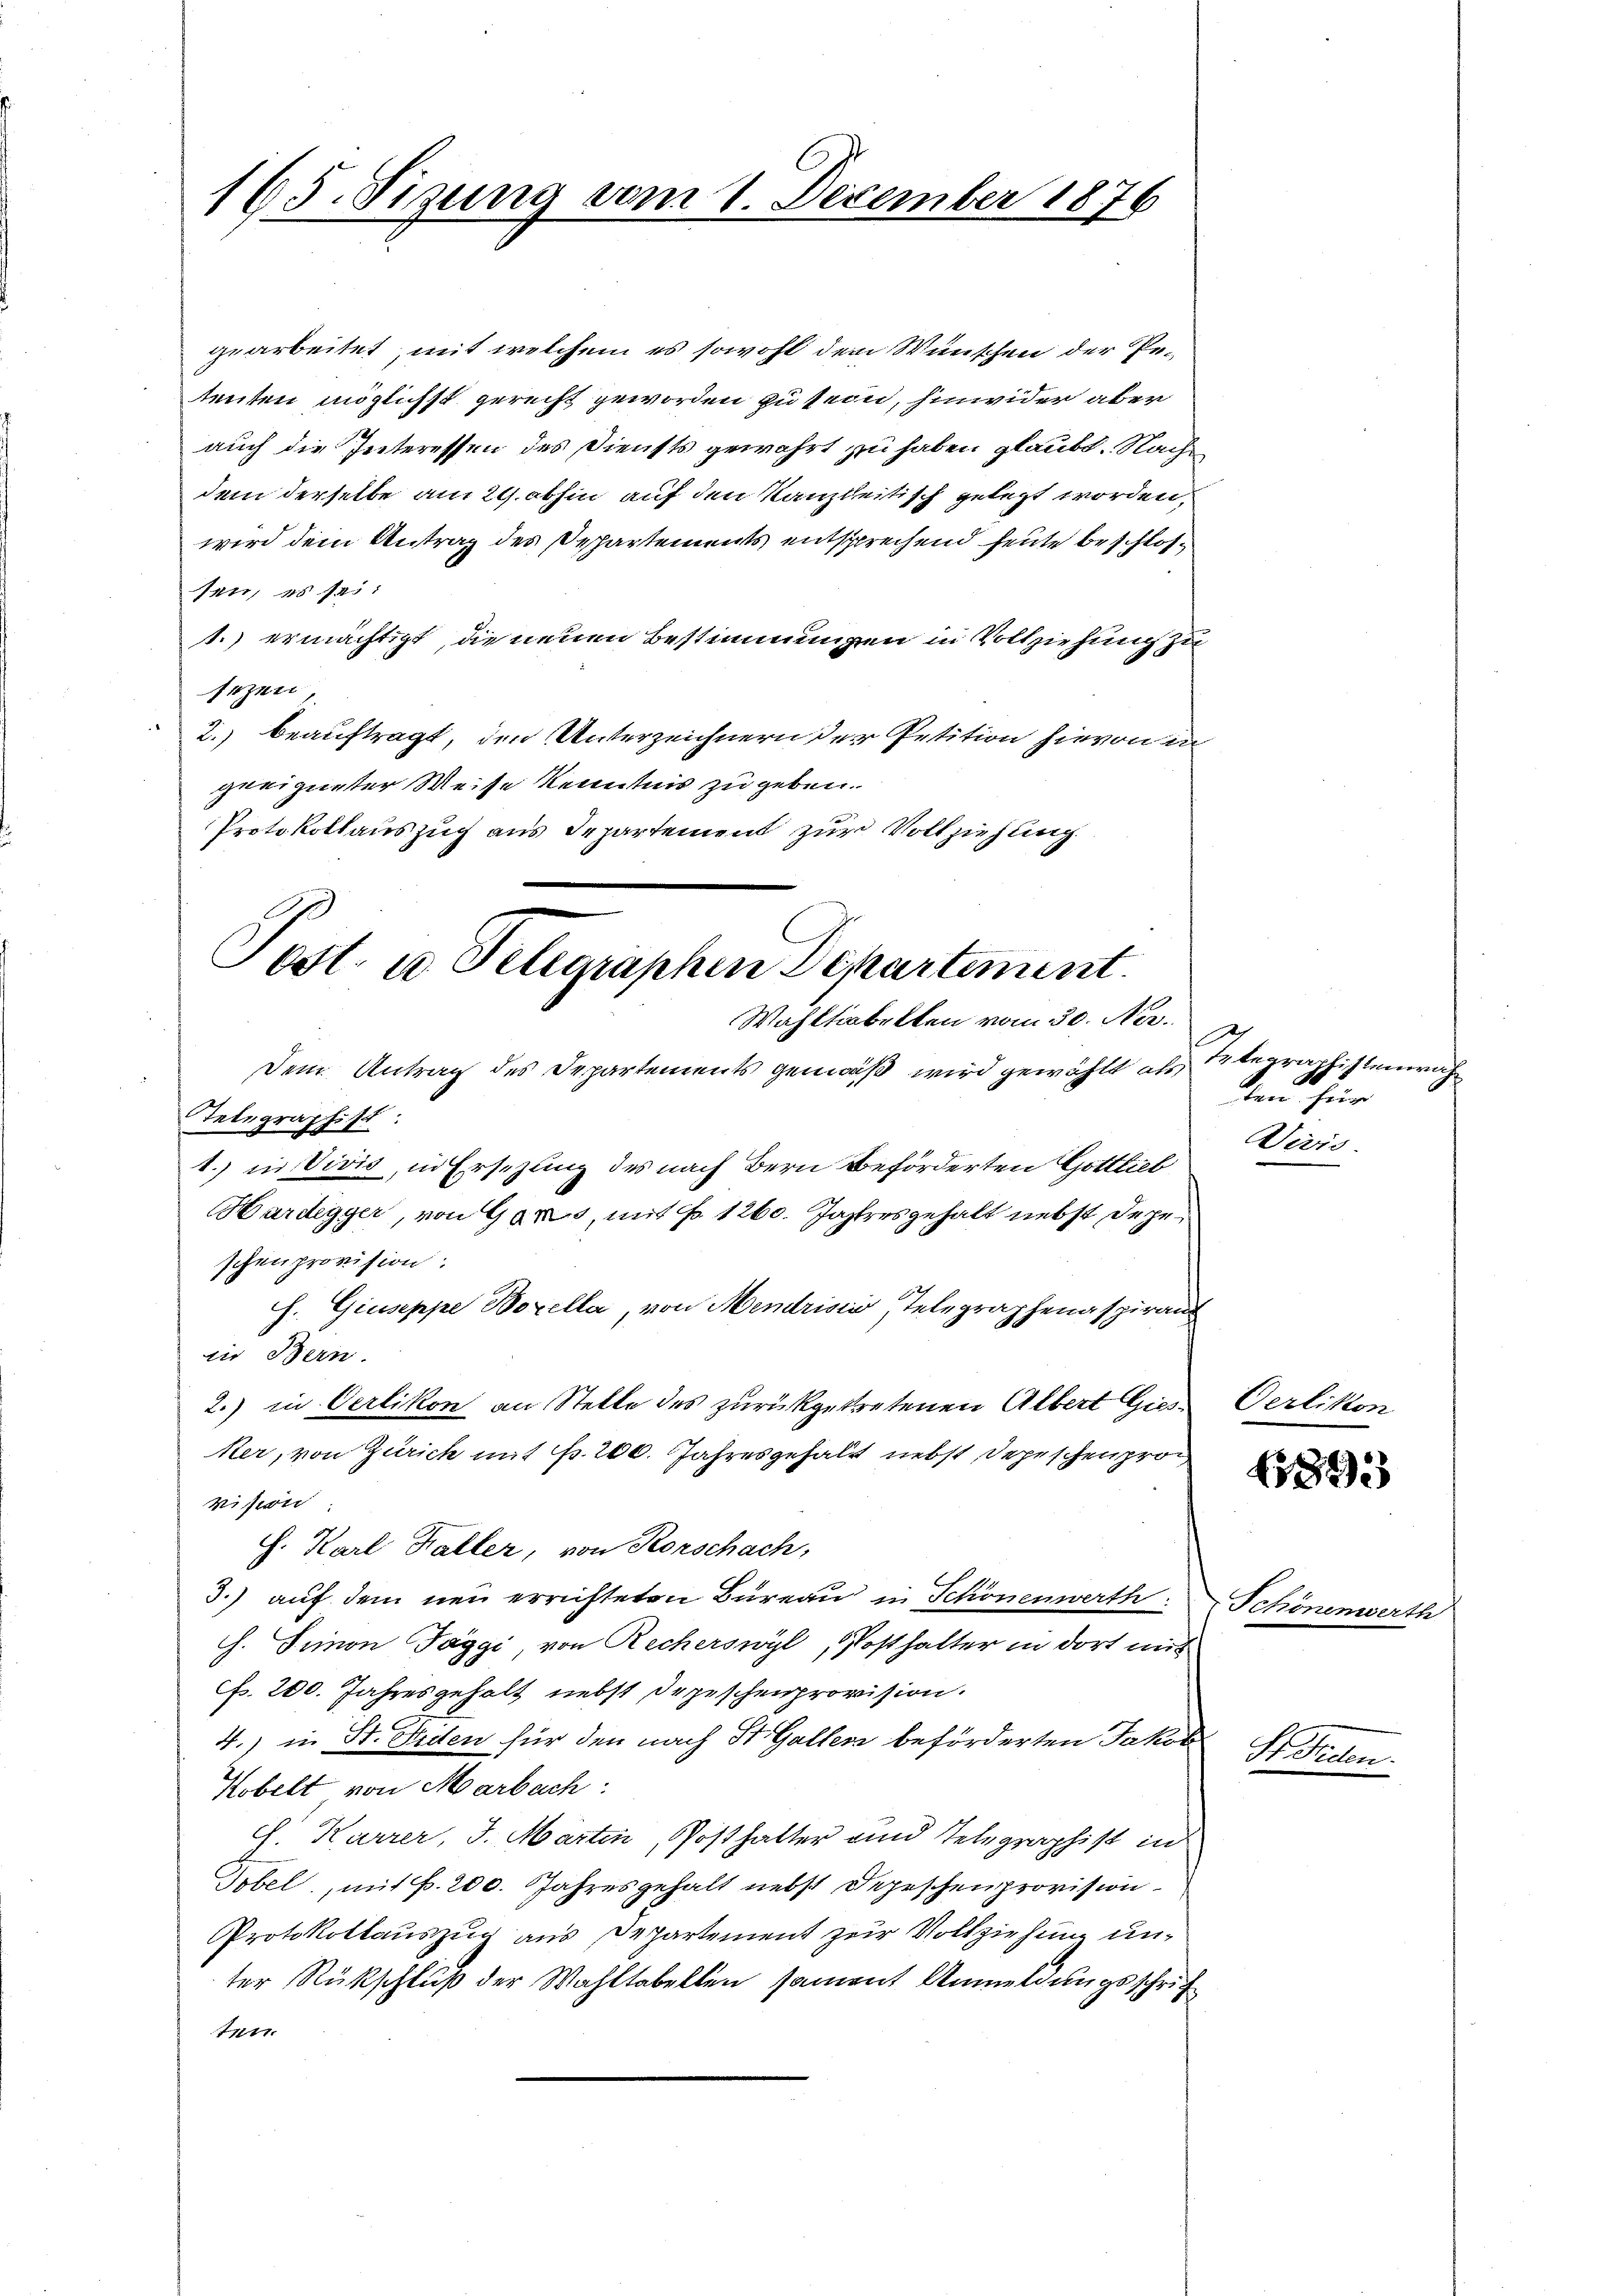
165. Sizung vom 1. Dezember 1876

gearbeitet, mit welchem es sowohl dem Wünschen der Petenten möglichst gerecht geworden zu sein, hinwider aber
auch die Interessen des Diensts gewahrt zu haben glaubt. Nach
dem derselbe am 29. abhin auf den Kanzleitisch gelegt worden.
wird dem Antrag des Departements entsprechend heute beschlossen, es sei
1.) ermächtigt, die neuen Bestimmungen in Vollziehung zu
sezen,
2.) beauftragt, den Unterzeichnern der Petition hievon in
geeigneter Weise Kenntnis zu geben.
Protokollauszug aus Departement zur Vollziehung.

Sost. u. Telegraphen Departement.
Wahltabelten vom 30. No.

Dem Antrag des Departements gemäß wird gewählt als Elegraphistena
Telegraphist
1.) in Vivis, in Ersezung des nach Bern Beförderten Gottlieb
Hardegger, von Gans, mit No 1260. Jahresgehalt nebst dageschenprovision:
h. Giuseppe Borella, von Mendristi, Telegraphenaspirant
die Bern.
2.) in Oerlikon an Stette des zurückgetretenen Albert Giesker, von Zürich mit Fr. 200. Jahresgehalt nebst Depeschenprovision
h. Karl Kaller, von Rorschach,
3.) auf dem neu errichteten Büreau in Schönenwerth
h. Simon Taggi, von Recherswyl, Posthalter in dort mit
cf. 200. Jahresgehalt nebst Depeschenprovision.
4.) in St. Orden für den nach St. Galler beförderten Jakob
Kobelt von Marbach:
ch. Karrer, J. Marten, Posthalter und Telegraphist in
Tobel, mit f. 200. Jahresgehalt nebst Depeschenprovision
Protokollauszug aus Departement zur Vollziehung unter Rückschluß der Wahltabellen sament Anmeldungsschrif
1111.

len für
Divis

Oerlikon

323

Schönenwerth

Hiraten